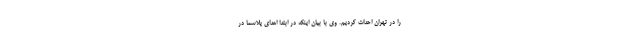
را در تهران احداث کردیم. وی با بیان اینکه در ابتدا اهدای پلاسما در